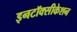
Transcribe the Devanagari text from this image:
इनटॉक्सीकेशन